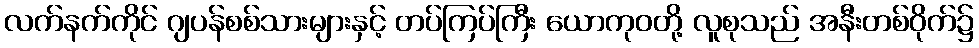
လက်နက်ကိုင် ဂျပန်စစ်သားများနှင့် တပ်ကြပ်ကြီး ယောကုဝတို့ လူစုသည် အနီးတစ်ဝိုက်၌